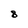
Character: 8